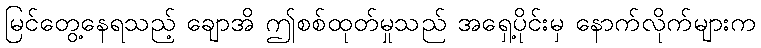
မြင်တွေ့နေရသည့် ချောအိ ဤစစ်ထုတ်မှုသည် အရှေ့ပိုင်းမှ နောက်လိုက်များက